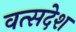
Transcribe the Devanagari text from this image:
वत्सदेश